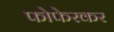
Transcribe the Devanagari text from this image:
फोफेरकर